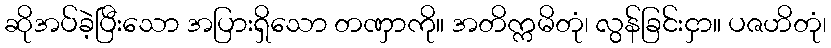
ဆိုအပ်ခဲ့ပြီးသော အပြားရှိသော တဏှာကို။ အတိက္ကမိတုံ၊ လွန်ခြင်းငှာ။ ပဇဟိတုံ၊